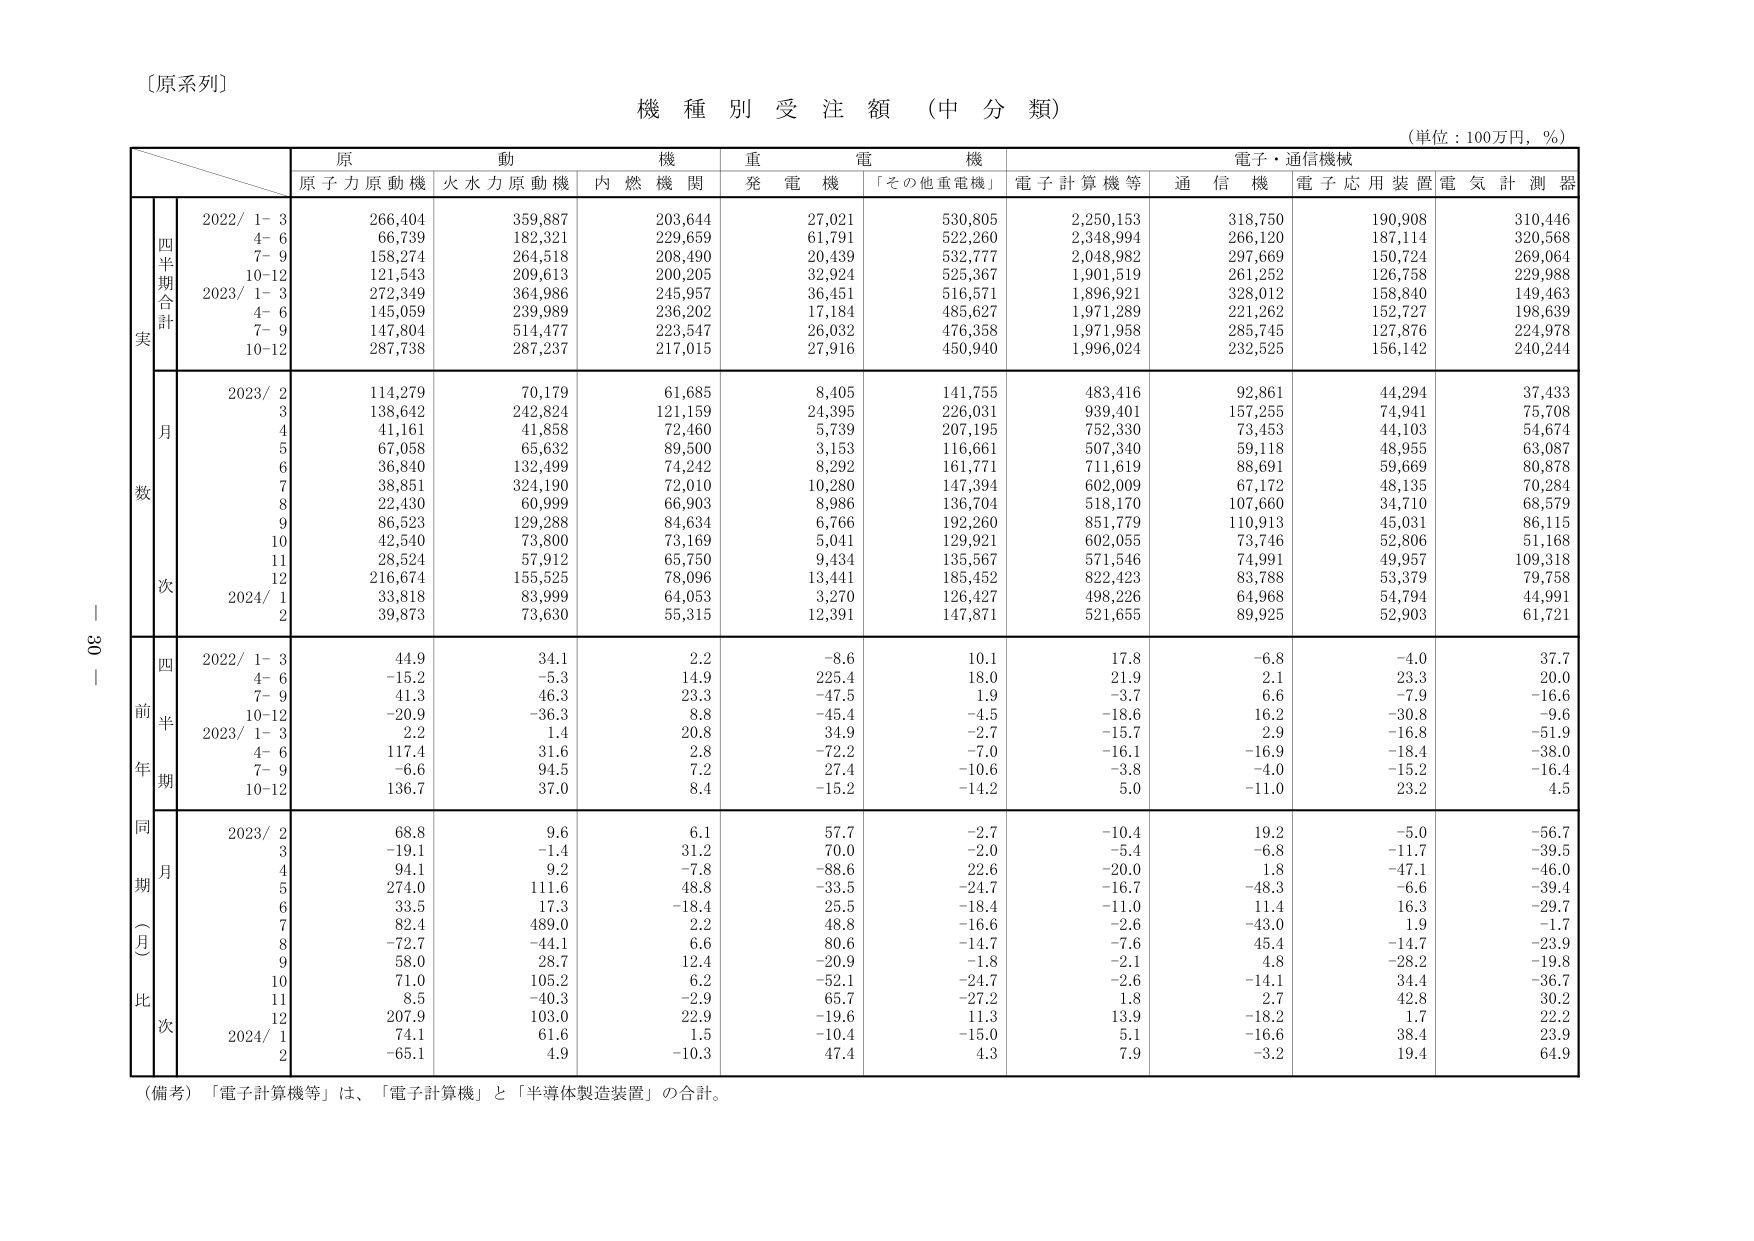
〔原系列〕

機 種 別 受 注 額 （中 分 類）

（単位：100万円，％）

原 動 機 重 電 機 電子・通信機械
原子力原動機 火水力原動機 内燃機関 発電機 「その他重電機」 電子計算機等 通信機 電子応用装置 電気計測器

実
四半期合計
2022/ 1- 3 266,404 359,887 203,644 27,021 530,805 2,250,153 318,750 190,908 310,446
4- 6 66,739 182,321 229,659 61,791 522,260 2,348,994 266,120 187,114 320,568
7- 9 158,274 264,518 208,490 20,439 532,777 2,048,982 297,669 150,724 269,064
10-12 121,543 209,613 200,205 32,924 525,367 1,901,519 261,252 126,758 229,988
2023/ 1- 3 272,349 364,986 245,957 36,451 516,571 1,896,921 328,012 158,840 149,463
4- 6 145,059 239,989 236,202 17,184 485,627 1,971,289 221,262 152,727 198,639
7- 9 147,804 514,477 223,547 26,032 476,358 1,971,958 285,745 127,876 224,978
10-12 287,738 287,237 217,015 27,916 450,940 1,996,024 232,525 156,142 240,244

数
月
2023/ 2 114,279 70,179 61,685 8,405 141,755 483,416 92,861 44,294 37,433
3 138,642 242,824 121,159 24,395 226,031 939,401 157,255 74,941 75,708
4 41,161 41,858 72,460 5,739 207,195 752,330 73,453 44,103 54,674
5 67,058 65,632 89,500 3,153 116,661 507,340 59,118 48,955 63,087
6 36,840 132,499 74,242 8,292 161,771 711,619 88,691 59,669 80,878
7 38,851 324,190 72,010 10,280 147,394 602,009 67,172 48,135 70,284
8 22,430 60,999 66,903 8,986 136,704 518,170 107,660 34,710 68,579
9 86,523 129,288 84,634 6,766 192,260 851,779 110,913 45,031 86,115
10 42,540 73,800 73,169 5,041 129,921 602,055 73,746 52,806 51,168
11 28,524 57,912 65,750 9,434 135,567 571,546 74,991 49,957 109,318
12 216,674 155,525 78,096 13,441 185,452 822,423 83,788 53,379 79,758
2024/ 1 33,818 83,999 64,053 3,270 126,427 498,226 64,968 54,794 44,991
2 39,873 73,630 55,315 12,391 147,871 521,655 89,925 52,903 61,721

前年同期（月比）
四半期
2022/ 1- 3 44.9 34.1 2.2 -8.6 10.1 17.8 -6.8 -4.0 37.7
4- 6 -15.2 -5.3 14.9 225.4 18.0 21.9 2.1 23.3 20.0
7- 9 41.3 46.3 23.3 -47.5 1.9 -3.7 6.6 -7.9 -16.6
10-12 -20.9 -36.3 8.8 -45.4 -4.5 -18.6 16.2 -30.8 -9.6
2023/ 1- 3 2.2 1.4 20.8 34.9 -2.7 -15.7 2.9 -16.8 -51.9
4- 6 117.4 31.6 2.8 -72.2 -7.0 -16.1 -16.9 -18.4 -38.0
7- 9 -6.6 94.5 7.2 27.4 -10.6 -3.8 -4.0 -15.2 -16.4
10-12 136.7 37.0 8.4 -15.2 -14.2 5.0 -11.0 23.2 4.5

同期（月比）
2023/ 2 68.8 9.6 6.1 57.7 -2.7 -10.4 19.2 -5.0 -56.7
3 -19.1 -1.4 31.2 70.0 -2.0 -5.4 -6.8 -11.7 -39.5
4 94.1 9.2 -7.8 -88.6 22.6 -20.0 1.8 -47.1 -46.0
5 274.0 111.6 48.8 -33.5 -24.7 -16.7 -48.3 -6.6 -39.4
6 33.5 17.3 -18.4 25.5 -18.4 -11.0 11.4 16.3 -29.7
7 82.4 489.0 2.2 48.8 -16.6 -2.6 -43.0 1.9 -1.7
8 -72.7 -44.1 6.6 80.6 -14.7 -7.6 45.4 -14.7 -23.9
9 58.0 28.7 12.4 -20.9 -1.8 -2.1 4.8 -28.2 -19.8
10 71.0 105.2 6.2 -52.1 -24.7 -2.6 -14.1 34.4 -36.7
11 8.5 -40.3 -2.9 65.7 -27.2 1.8 2.7 42.8 30.2
12 207.9 103.0 22.9 -19.6 11.3 13.9 -18.2 1.7 22.2
2024/ 1 74.1 61.6 1.5 -10.4 -15.0 5.1 -16.6 38.4 23.9
2 -65.1 4.9 -10.3 47.4 4.3 7.9 -3.2 19.4 64.9

（備考）「電子計算機等」は、「電子計算機」と「半導体製造装置」の合計。